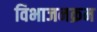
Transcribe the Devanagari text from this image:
विभाजनक्रम